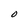
Character: O